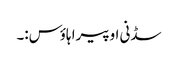
سڈنی اوپیرا ہاؤس:۔